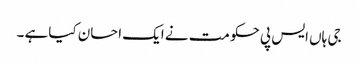
جی ہاں ایس پی حکومت نے ایک احسان کیاہے ۔